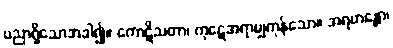
ပညာရှိသောအခါ၍။ ကောဋိသတာ၊ ကုဋေအရာမျှကုန်သော။ အရဟန္တော၊